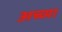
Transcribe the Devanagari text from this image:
अच्च्या